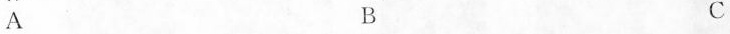
A B C